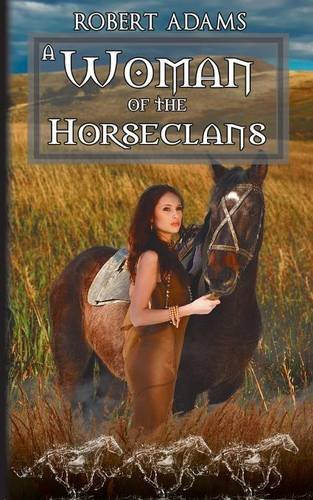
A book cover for A Woman Of The Horseclans; Robert Adams; Romance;